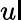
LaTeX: u\mathsf{l}